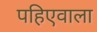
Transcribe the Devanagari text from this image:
पहिएवाला